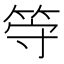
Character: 𬕀